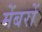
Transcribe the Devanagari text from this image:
मेंबरों